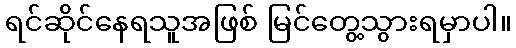
ရင်ဆိုင်နေရသူအဖြစ် မြင်တွေ့သွားရမှာပါ။